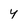
Character: 4